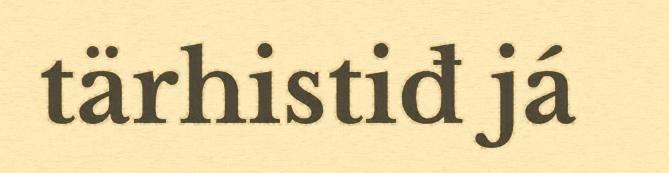
tärhistiđ já